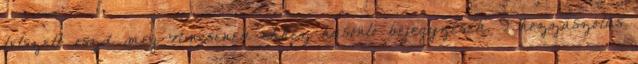
tetszett, oszd meg Nincsenek ehhez hasonló bejegyzések. 9 hozzászólás